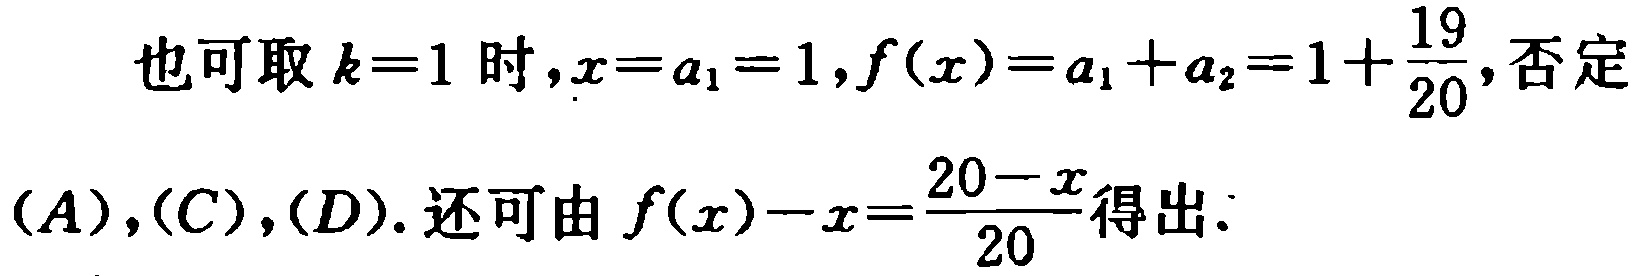
也可取\(k = 1\)时，\(x = a_1 = 1\)，\(f(x)=a_1 + a_2 = 1+\frac{19}{20}\)，否定\((A),(C),(D)\). 还可由\(f(x)-x=\frac{20 - x}{20}\)得出.